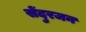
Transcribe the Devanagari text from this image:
सेंदुरजन